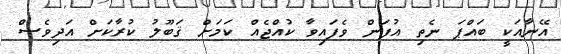
އޭނާއަކީ ބައްޕަ ނެތި އުފަން ވެފައިވާ ކުއްޖެއް ކަމަށް ޤަބޫލު ކުރާކަށް އަދިވެސް